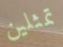
تمثلين